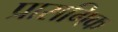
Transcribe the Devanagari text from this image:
प्रासगिक